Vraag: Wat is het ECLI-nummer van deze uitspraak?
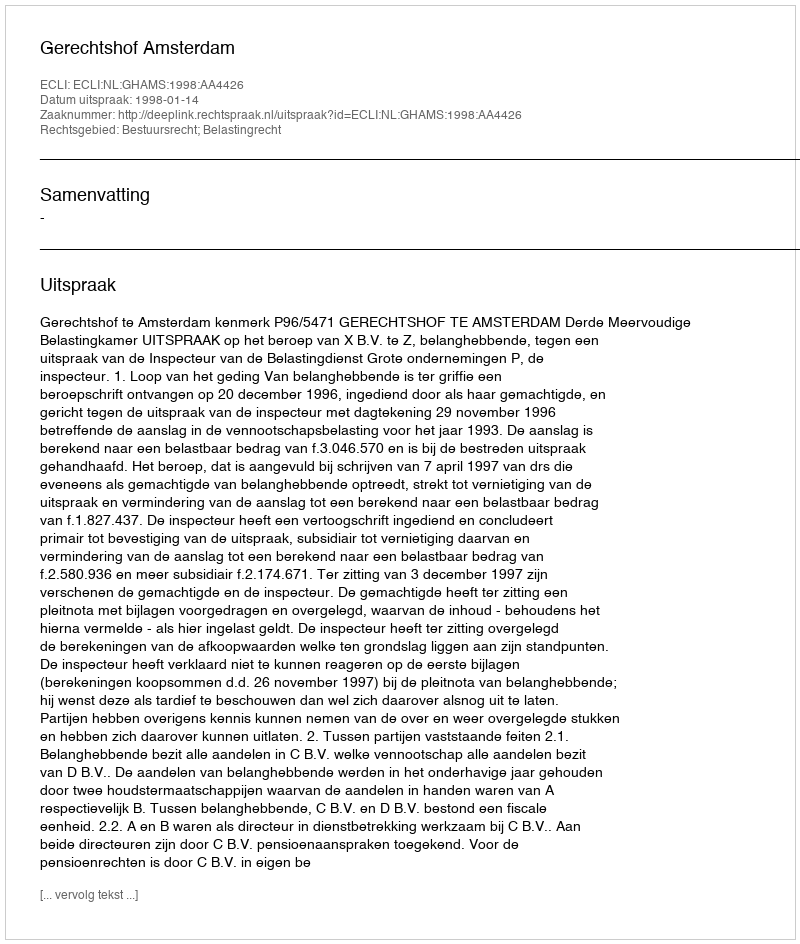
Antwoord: ECLI:NL:GHAMS:1998:AA4426